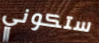
ستكوني